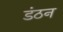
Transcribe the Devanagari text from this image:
डंठन